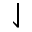
\downharpoonleft